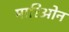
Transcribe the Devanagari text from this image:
मारिओन